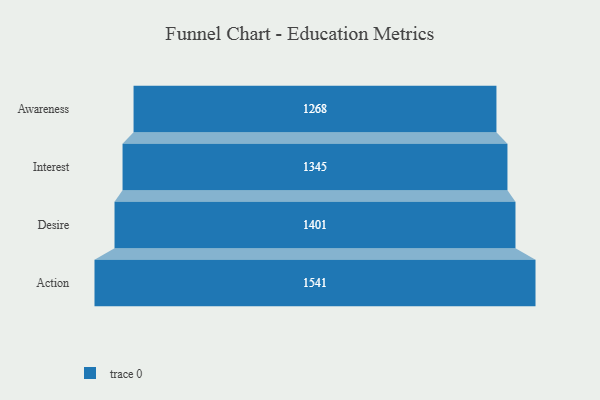
{"axis": {"x": "Stage", "y": "Value"}, "legend": [""], "data": [{"x": "Awareness", "y": 1268.0, "type": ""}, {"x": "Interest", "y": 1345.0, "type": ""}, {"x": "Desire", "y": 1401.0, "type": ""}, {"x": "Action", "y": 1541.0, "type": ""}]}